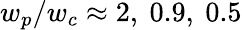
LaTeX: w_{p}/w_{c}\approx 2,\ 0.9,\ 0.5